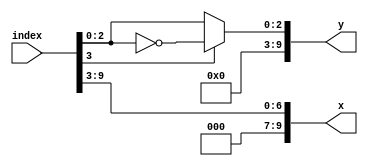
module coord (
  input  [9:0] index,
  output [9:0] x,
  output [9:0] y);
  
  assign x = {3'h0, index[9:3]};
  assign y = {7'h00, (index[3] ? ~index[2:0] : index[2:0])};
endmodule // coord